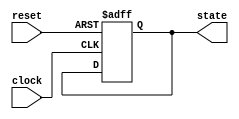
module reset_condition_block (
    input wire reset,         // Reset signal
    input wire clock,        // Clock signal
    output reg [7:0] state   // State output (8-bit for example)
);

    // Parameter to define reset type: 1 for synchronous, 0 for asynchronous
    parameter RESET_TYPE = 1; // Set to 1 for synchronous reset, 0 for asynchronous reset

    // Initial state value (can be customized)
    localparam INITIAL_STATE = 8'b00000000;

    // Always block for synchronous or asynchronous reset
    always @(posedge clock or posedge reset) begin
        if (RESET_TYPE == 1) begin
            // Synchronous Reset
            if (reset) begin
                state <= INITIAL_STATE; // Reset state to initial value
            end
            else begin
                // Normal operation logic (update state as needed)
                // This is where you would add your operational logic
                // For example:
                // state <= state + 1; // Example operation (increment state)
            end
        end else begin
            // Asynchronous Reset
            if (reset) begin
                state <= INITIAL_STATE; // Reset state to initial value
            end
            // Normal operation logic (update state as needed)
            // This is where you would add your operational logic
            // For example:
            // state <= state + 1; // Example operation (increment state)
        end
    end

    // Initial block to set the state at power-up
    initial begin
        state = INITIAL_STATE; // Ensure state is initialized
    end

endmodule